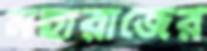
মহারাজের